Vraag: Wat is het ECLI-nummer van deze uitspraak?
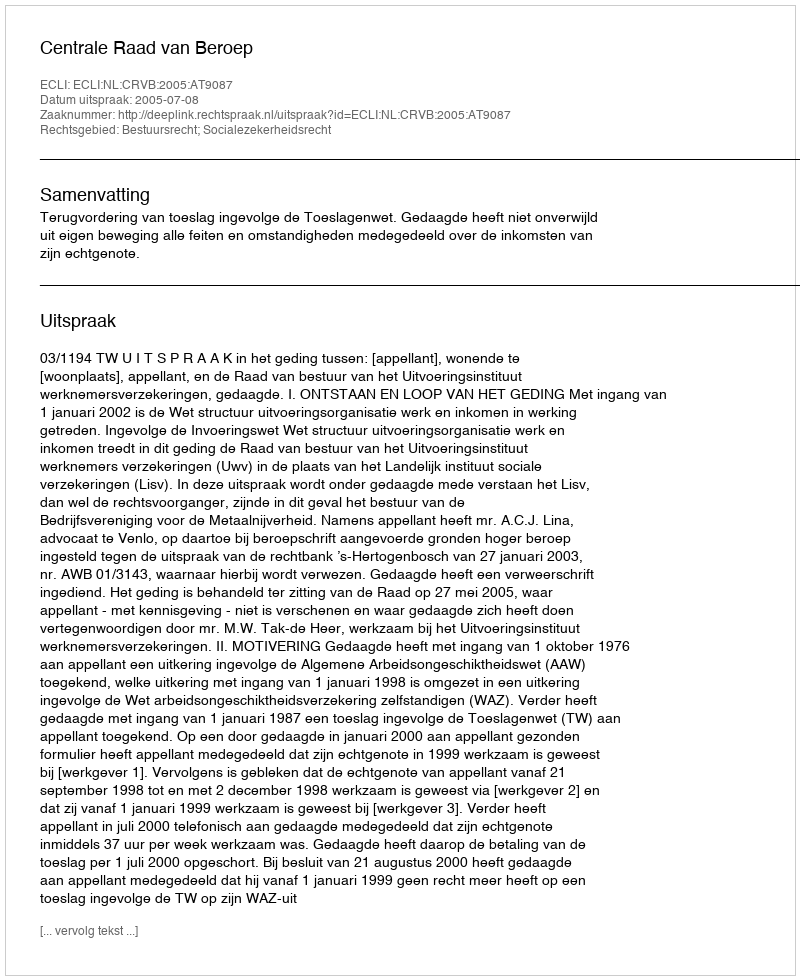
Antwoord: ECLI:NL:CRVB:2005:AT9087